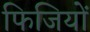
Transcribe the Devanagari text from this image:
फिजियों